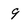
Character: 9